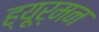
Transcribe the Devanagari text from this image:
ह्यूर्मन